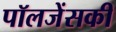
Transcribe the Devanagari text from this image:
पॉलजेंसकी